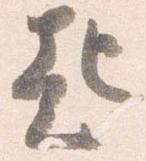
起